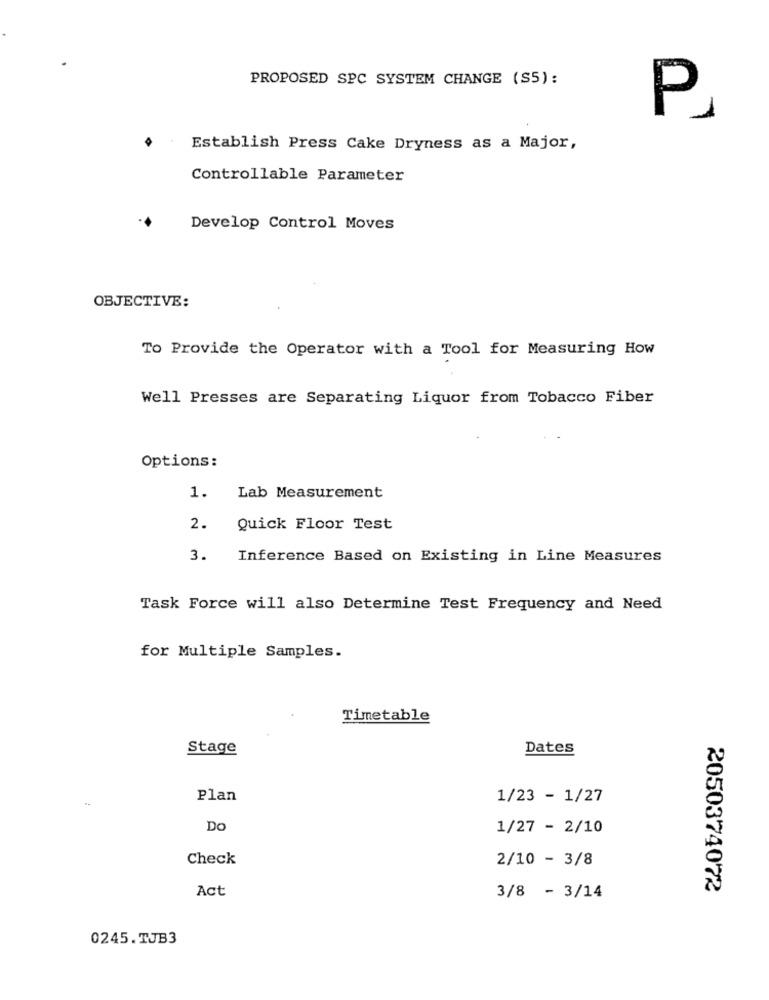
PROPOSED SPC SYSTEM CHANGE (SS):
P
Establish Press Cake Dryness as a Major,
Controllable Parameter
Develop Control Moves
OBJECTIVE:
To Provide the Operator with a Tool for Measuring How
Well Presses are Separating Liquor from Tobacco Fiber
Options:
1.
Lab Measurement
2.
Quick Floor Test
3.
Inference Based on Existing in Line Measures
Task Force will also Determine Test Frequency and Need
for Multiple Samples.
Timetable
Stage
Dates
Plan
1/23 - 1/27
Do
1/27 - 2/10
Check
2/10 - 3/8
Act
2050374072
3/8 - 3/14
0245.TJB3